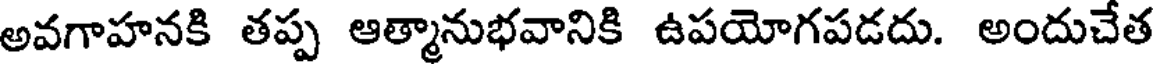
అవగాహనకి తప్ప ఆత్మానుభవానికి ఉపయోగపడదు. అందుచేత